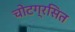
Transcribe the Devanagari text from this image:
चोटग्रसित